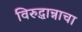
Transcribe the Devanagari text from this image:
विरुद्धान्नाचा